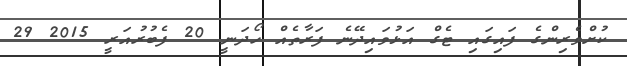
ކުށްވެރިންގެ ފައިގައި ޓެގް އަޅުވައިދޭނެ ފަރާތެއް ހޯދަނީ 20 ފެބުރުއަރީ 2015 29